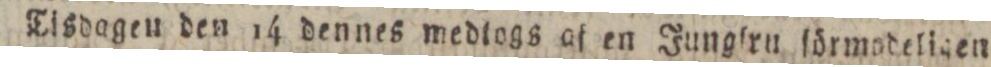
Tisdagen den 14 dennes medtogs af en Jungfru ſörmodeligen